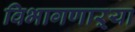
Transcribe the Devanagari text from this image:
विभागणाऱ्या